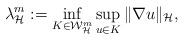
LaTeX: \begin{align*}\lambda^{m}_\mathcal H:=\inf_{K\in\mathcal W^m_\mathcal H}\sup_{u\in K}\|\nabla u\|_\mathcal H,\end{align*}